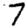
Digit: 7